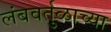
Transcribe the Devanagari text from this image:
लंबवर्तुळाच्या